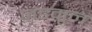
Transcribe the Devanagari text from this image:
जडमूल